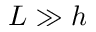
L \gg h